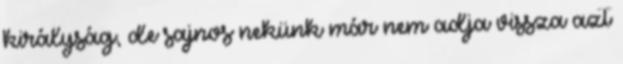
királyság, de sajnos nekünk már nem adja vissza azt